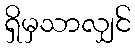
ရှိမှသာလျှင်